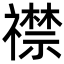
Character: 𬓛